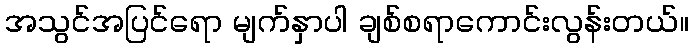
အသွင်အပြင်ရော မျက်နှာပါ ချစ်စရာကောင်းလွန်းတယ်။